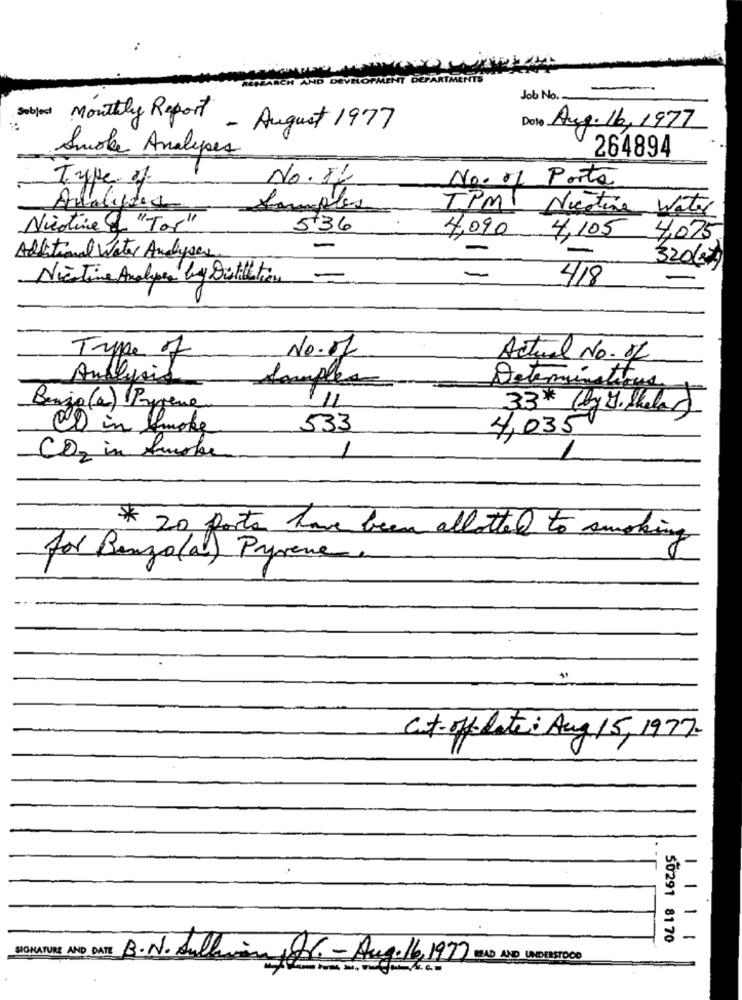
Job No.
Dote Aug. 16, 1977
Monthly Report - August 1977
Smoke Analypes
264894
Type of
No.5L
No. 01 Porta
Analipied
TPMI Nicotine
Water
Nicotine & "Tor"
536
4,090
4,105
4,075
Additional Water Analyses
32067)
Nicotine Analpes by Distillation
418
No.17
Truppe of
Actual No.of
Anglais
Determinations
Samples
111
Benzo (a) Pyrene
33* (by J. Skalar)
1 in Smoke
533
4,035
CD2 in farbe
1
* 20 ports have been allotted to smoking
for Benzo(a) Pyrene
Cut- offdate: Aug 15, 1977-
-
-
-
50291 8170
-
SIGNATURE AND DATE B.N. Sullain Av. - Aug.16, 1977 READ AND UNDERSTOOD